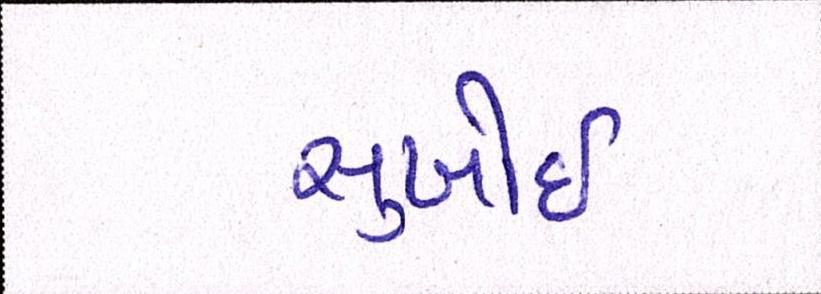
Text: સુખોઈ